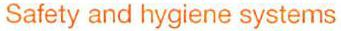
Safety and hygiene systems